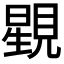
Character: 𧡶